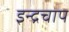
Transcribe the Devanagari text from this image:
इन्द्रचाप